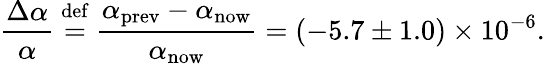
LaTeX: {\frac{\Delta\alpha}{\alpha}}\ {\stackrel{\mathrm{def}}{=}}\ {\frac{\alpha_{\mathrm{prev}}-\alpha_{\mathrm{now}}}{\alpha_{\mathrm{now}}}}=\left(-5.7\pm 1.0\right)\times 10^{-6}.